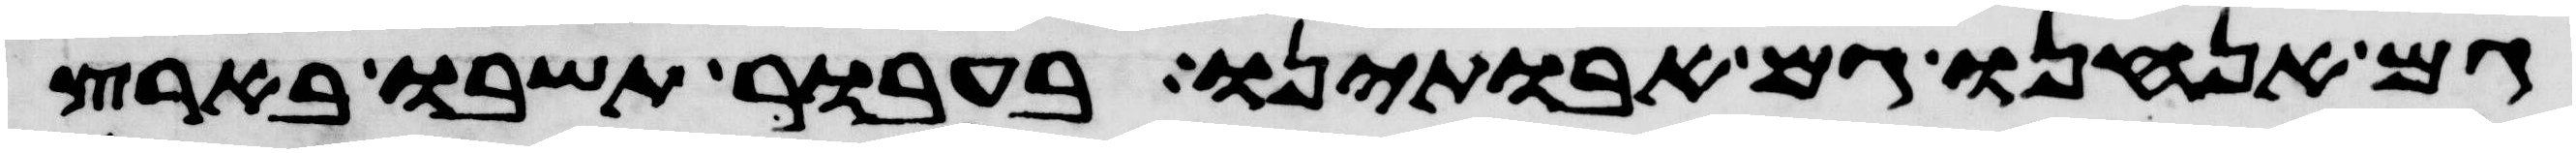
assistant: גם אנחנו גם אבתינו בעבור תשבו בארץ